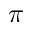
\pi